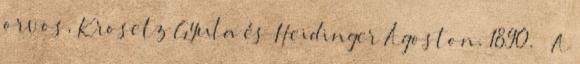
orvos, Krosetz Gyula és Heidinger Ágoston. 1890. – A